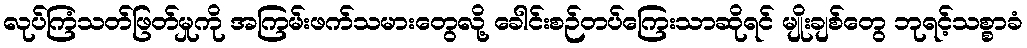
လုပ်ကြံသတ်ဖြတ်မှုကို အကြမ်းဖက်သမားတွေလို့ ခေါင်းစဉ်တပ်ကြေးသာဆိုရင် မျိုးချစ်တွေ ဘုရင့်သစ္စာခံ